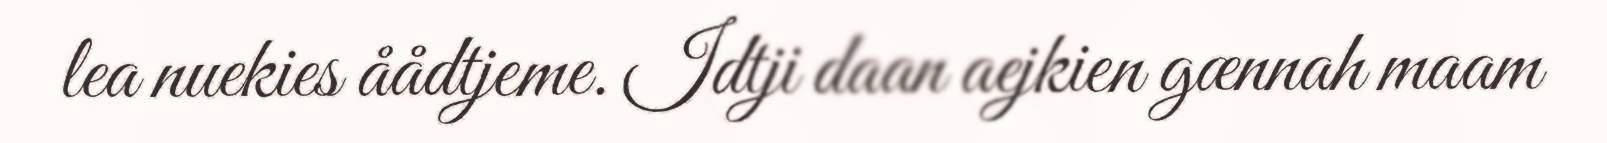
lea nuekies åådtjeme. Idtji daan aejkien gænnah maam